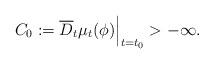
LaTeX: \begin{align*}C_0:=\overline{D}_{t} \mu _t (\phi) \Big| _{t=t_0}>-\infty .\end{align*}